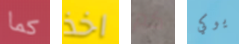
كما اخذ كم يوكي